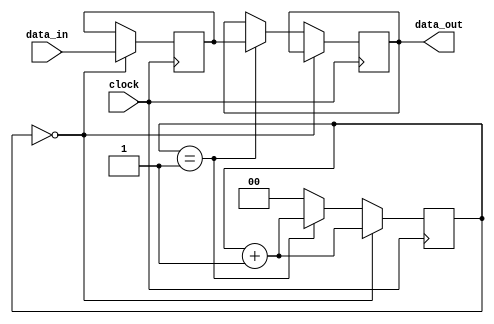
module multi_channel_synchronizer (
    input [7:0] data_in,
    input clock,
    output reg [7:0] data_out
);

reg [7:0] data_buffer;
reg [1:0] synchronizer_counter;

always @(posedge clock) begin
    // Timing control block
    if (synchronizer_counter == 2'b00) begin
        data_buffer <= data_in;
        synchronizer_counter <= synchronizer_counter + 1;
    end
    // Synchronization block
    else if (synchronizer_counter == 2'b01) begin
        data_out <= data_buffer;
        synchronizer_counter <= synchronizer_counter + 1;
    end
    else begin
        synchronizer_counter <= 2'b00;
    end
end

endmodule